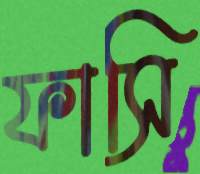
ফাসি